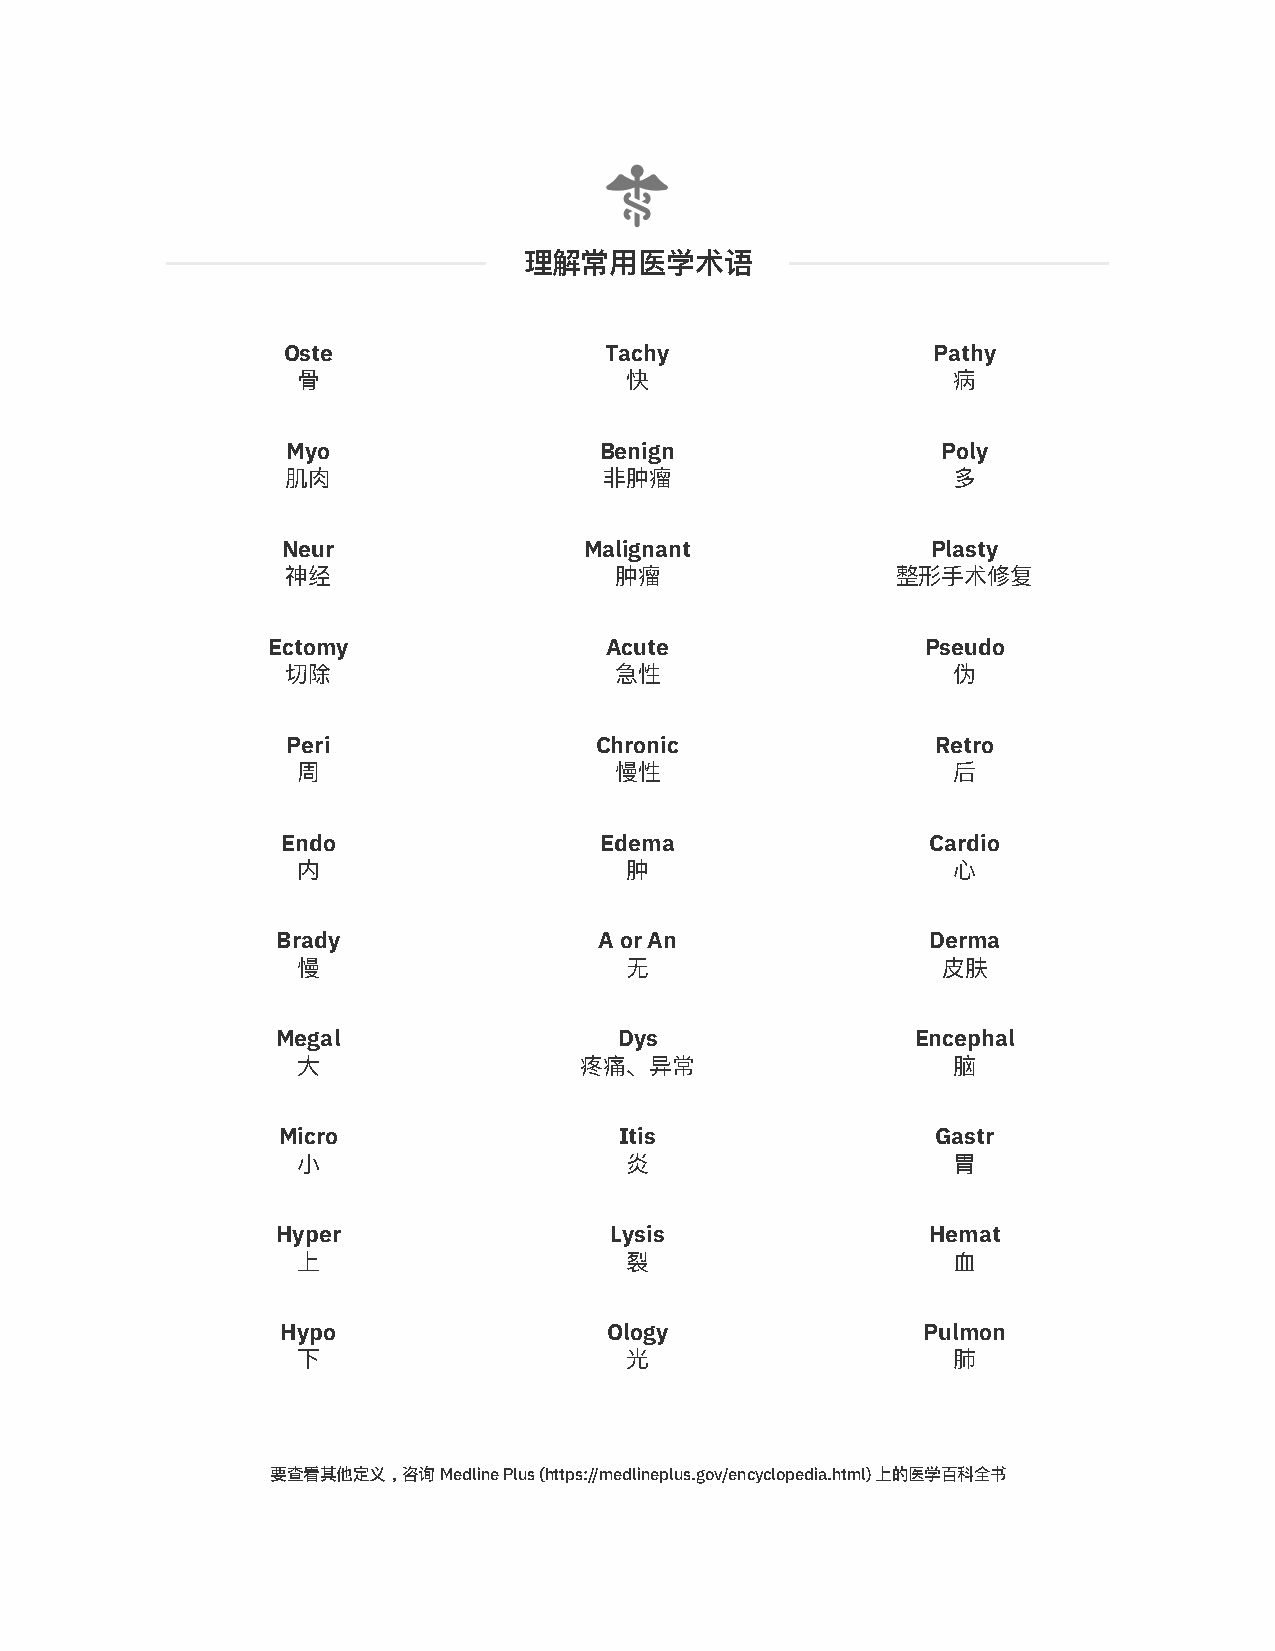
理解常⽤医学术语
 Oste                 Tachy                 Pathy
 ⻣                    快                     病
 Myo                  Benign                Poly
 肌⾁                   ⾮肿瘤                    多
 Neur                Malignant              Plasty
 神经                    肿瘤                整形⼿术修复
 Ectomy                Acute                Pseudo
 切除                    急性                    伪
 Peri                Chronic                Retro
 周                    慢性                    后
 Endo                 Edema                 Cardio
 内                    肿                     ⼼
 Brady                 A or An              Derma
 慢                    ⽆                    ⽪肤
 Megal                  Dys                 Encephal
 ⼤                 疼痛、异常                    脑
 Micro                  Itis                 Gastr
 ⼩                    炎                     胃
 Hyper                 Lysis                Hemat
 上                    裂                     ⾎
 Hypo                 Ology                Pulmon
 下                    光                     肺
 要查看其他定义，咨询 Medline Plus (https://medlineplus.gov/encyclopedia.html) 上的医学百科全书